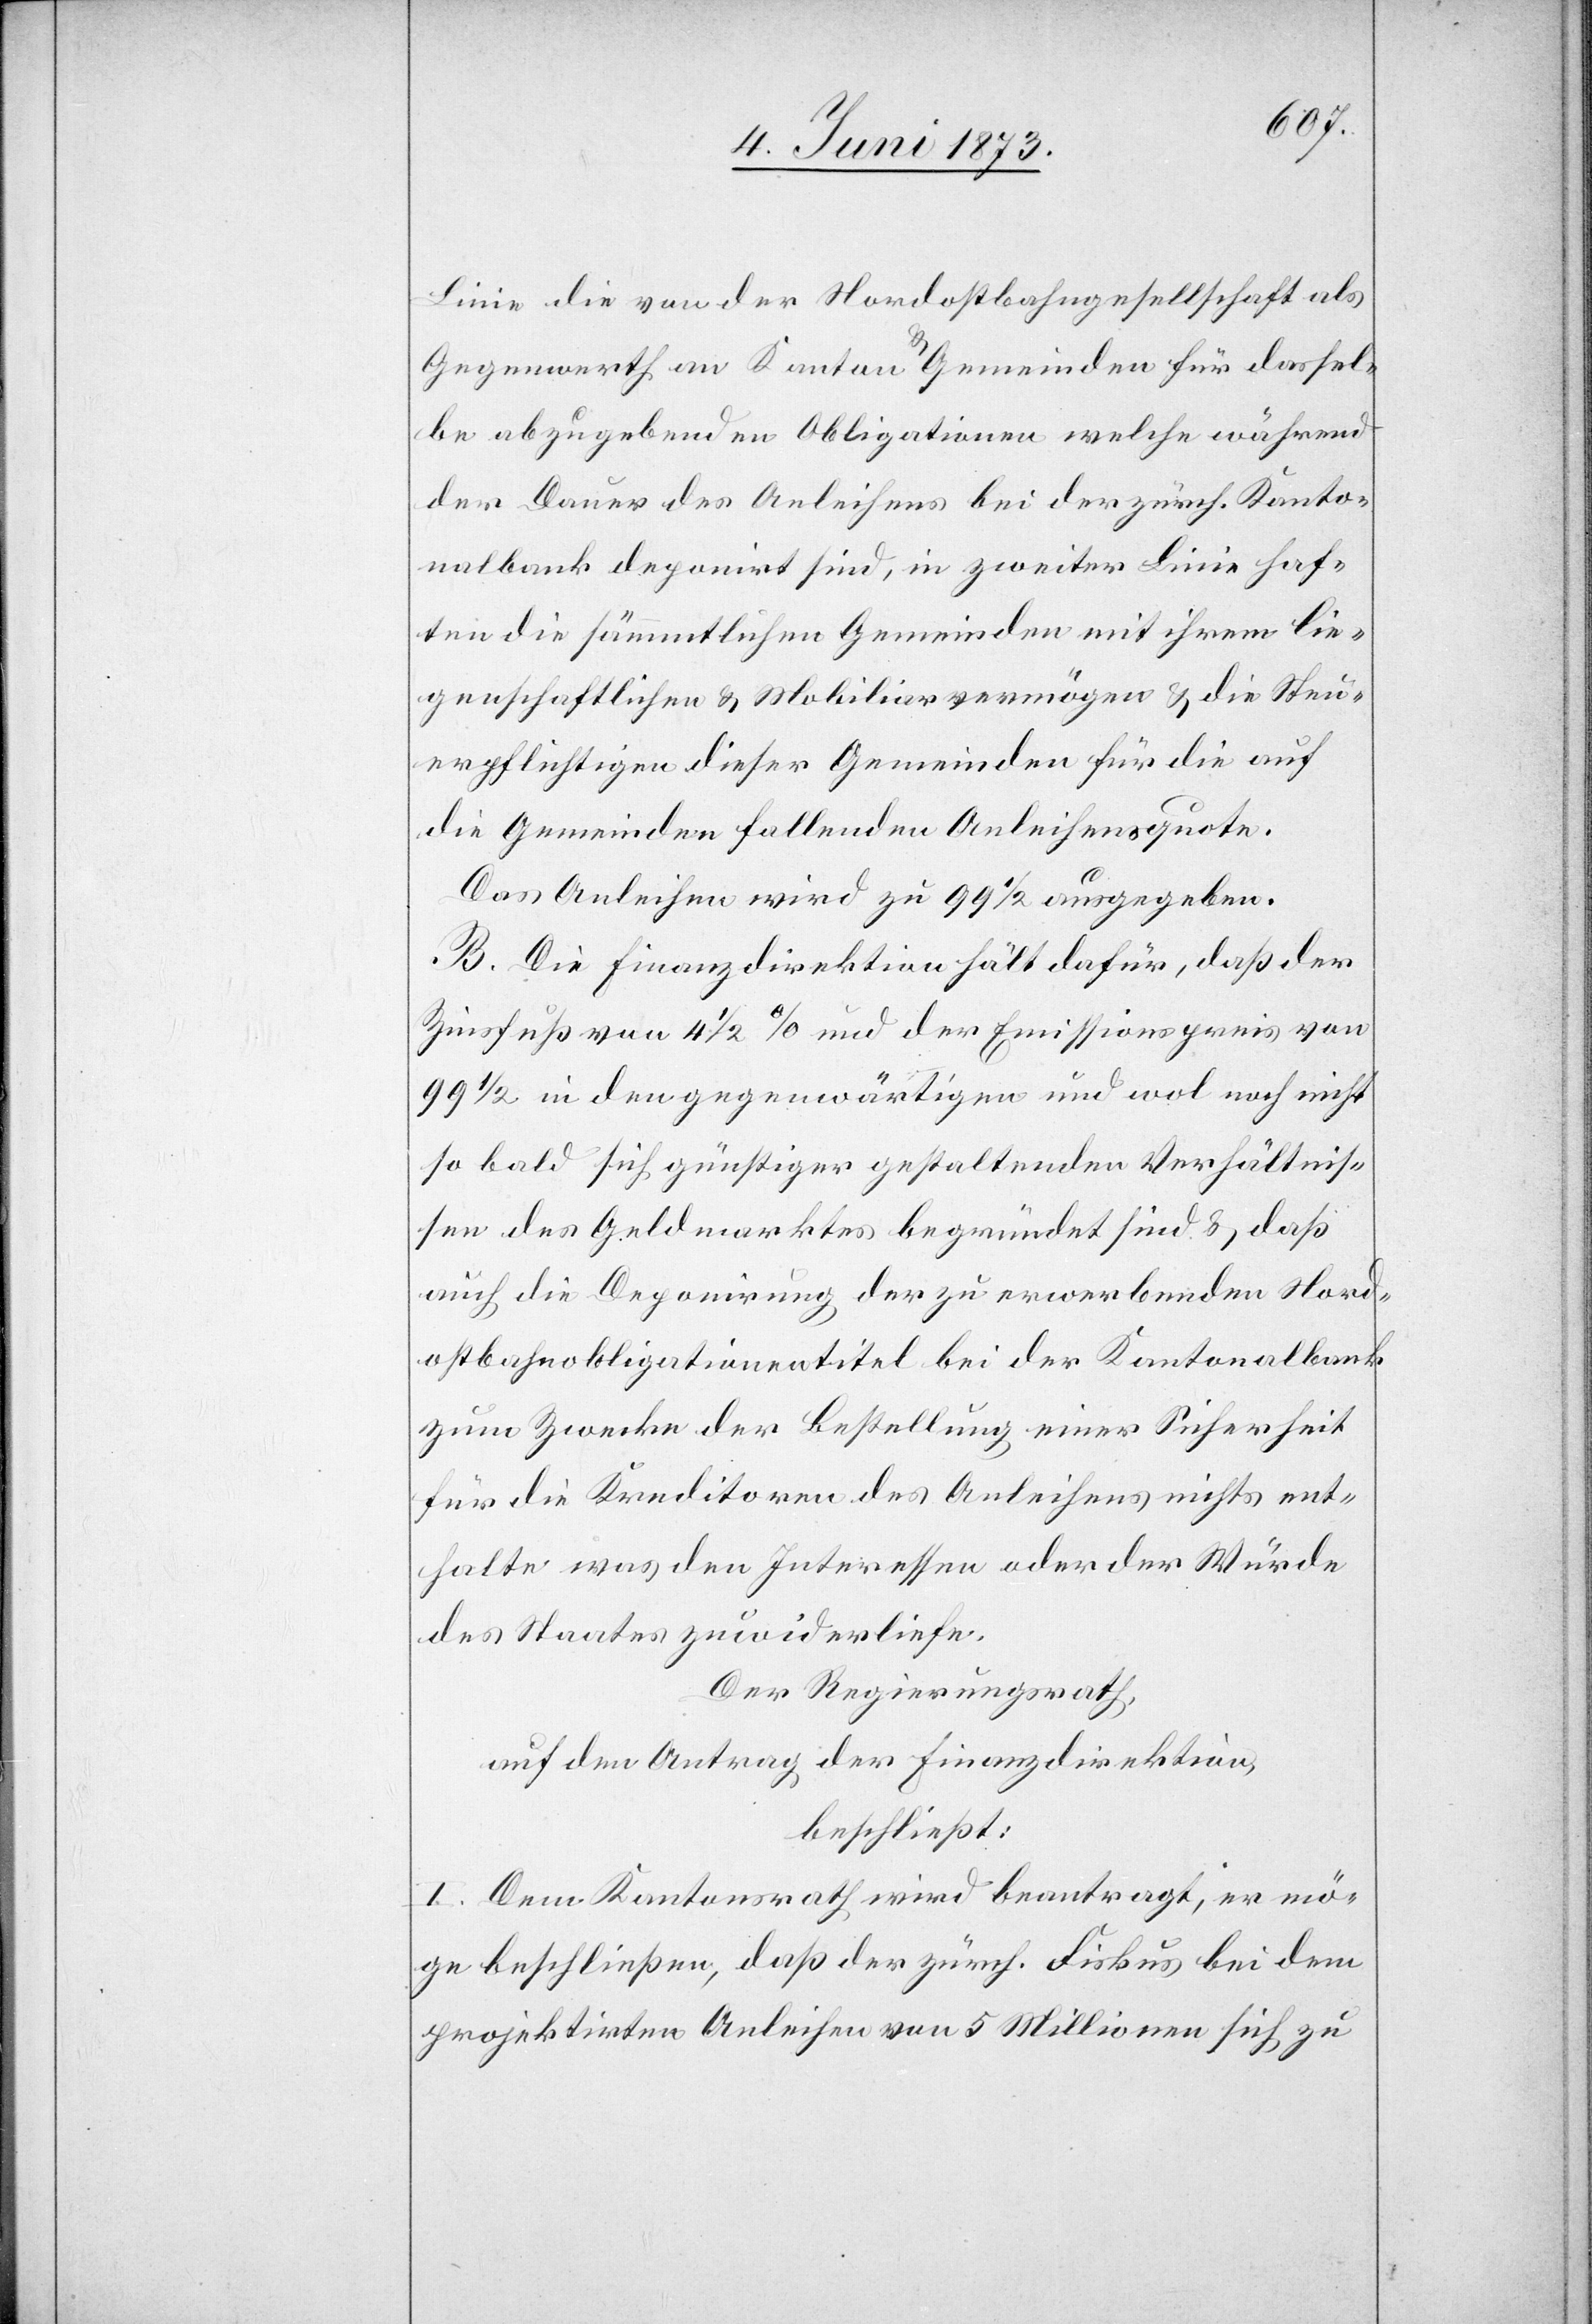
Linie die von der Nordostbahngesellschaft als
Gegenwerth an Kanton & Gemeinden für dassel¬
be abzugebenden Obligationen welche während
der Dauer des Anleihens bei der zürch. Kanto¬
nalbank deponirt sind, in zweiter Linie haf¬
ten die sämmtlichen Gemeinden mit ihrem lie¬
genschaftlichen & Mobiliarvermögen & die Steu¬
erpflichtigen dieser Gemeinden für die auf
die Gemeinden fallenden Anleihensquote.
Das Anleihen wird zu 99 1/2 ausgegeben.
B. Die Finanzdirektion hält dafür, daß der
Zinsfuß von 4 1/2% und der Emissionspreis von
99 1/2 in den gegenwärtigen und wol noch nicht
so bald sich günstiger gestaltenden Verhältnis¬
sen des Geldmarktes begründet sind & daß
auch die Deponirung der zu erwerbenden Nord¬
ostbahnobligationentitel bei der Kantonalbank
zum Zwecke der Bestellung einer Sicherheit
für die Kreditoren des Anleihens nichts ent¬
halte was den Interessen oder der Würde
des Staates zuwiderliefe.
Der Regierungsrath,
auf den Antrag der Finanzdirektion,
beschließt:
1. Dem Kantonsrath wird beantragt, er mö¬
ge beschließen, daß der zürch. Fiskus bei dem
projektirten Anleihen von 5 Millionen sich zu